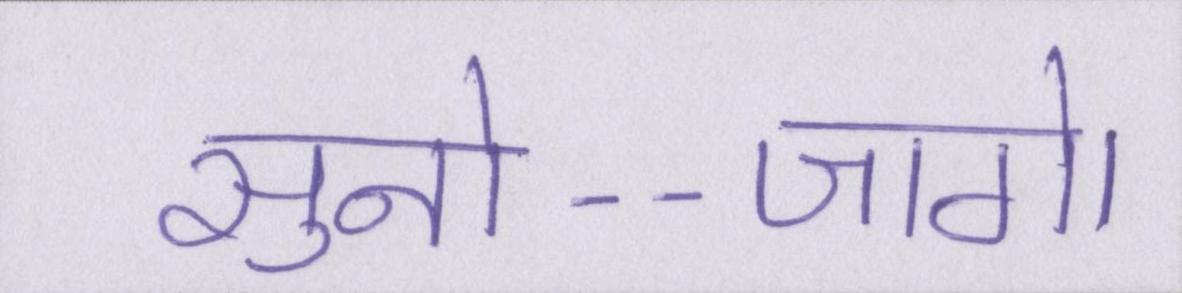
सुनो--जागे।